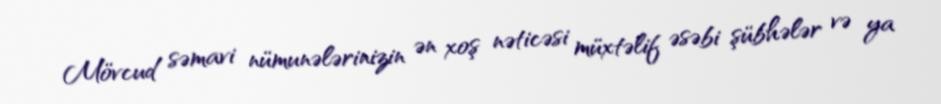
Mövcud səmavi nümunələrinizin ən xoş nəticəsi müxtəlif əsəbi şübhələr və ya